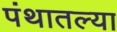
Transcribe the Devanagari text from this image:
पंथातल्या